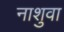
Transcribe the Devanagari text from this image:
नाशुवा